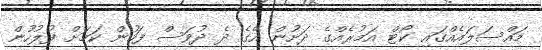
މައްސަލައެއްގައި ކޯޓް އަމުރެއްގެ ދަށުން އޭގެ ދެ ދުވަސް ފަހުން ކަމަށް ފުލުހުން